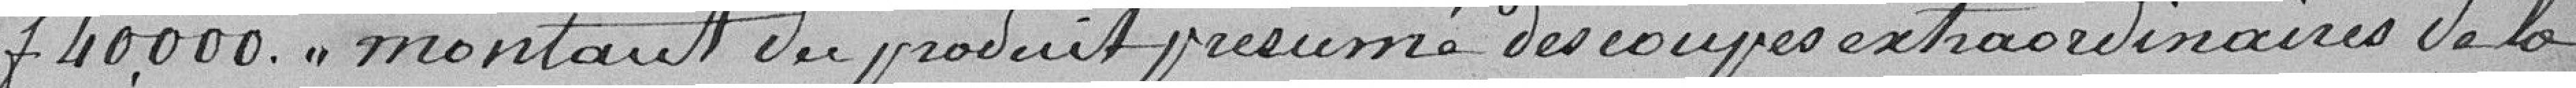
40.000 francs montant du produit présumé des coupes extraordinaires de la